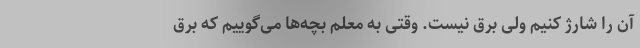
آن را شارژ کنیم ولی برق نیست. وقتی به معلم بچه‌ها می‌گوییم که برق